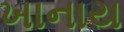
ખાનાય